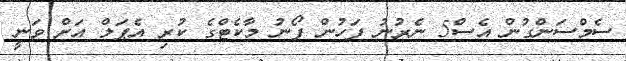
ސެމްސަންގުން އެސް5 ނެރުނު ފަހުން ފޯނު މާކެޓްގެ ކުރި އެޕަލް އަށް ވަނީ